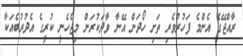
ރާއްޖޭގެ އެންމެ ފަހުރުވެރި ތަށި ހޯދަން އޭނާ ވާދަކުރަން މިޖެހެނީ ކުރީގެ އެދުރުބެއަކާ